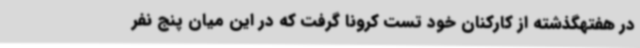
در هفتهگذشته از کارکنان خود تست کرونا گرفت که در این میان پنج نفر